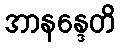
အာနန္ဒေတိ